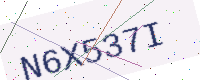
Text: N6X537I